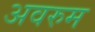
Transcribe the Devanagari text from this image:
अवरुम